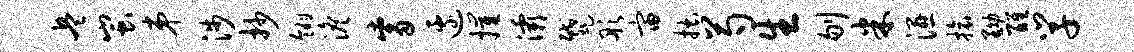
兵蚩弟涉抄翎澹觜边摧灞蹙彤宙拙芍生刎米湿旅黝醒学